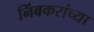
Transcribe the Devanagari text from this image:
निंबकरांच्या